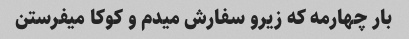
بار چهارمه که زیرو سفارش میدم و کوکا میفرستن